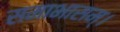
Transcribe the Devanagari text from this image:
समाभासम्।